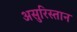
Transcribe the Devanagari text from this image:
असुरिस्तान